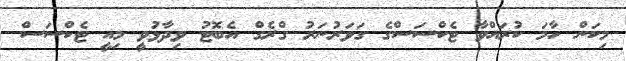
މިކަން ހާމަ ކުރައްވާ ޓެކްސަސްގެ ގަވަރުނަރު ގްރެގް އެބޮޓު ވިދާޅުވީ މިއީ ޓެކްސަސް